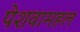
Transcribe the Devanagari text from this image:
पेशवामहल